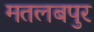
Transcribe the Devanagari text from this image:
मतलबपुर